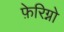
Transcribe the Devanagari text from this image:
फ़ेरिग्नो